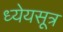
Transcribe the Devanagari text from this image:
ध्येयसूत्र